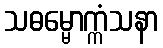
သဓမ္မောက္ကံသနာ